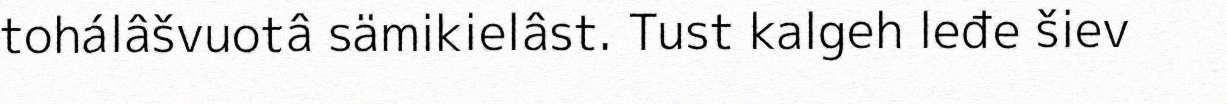
tohálâšvuotâ sämikielâst. Tust kalgeh leđe šiev